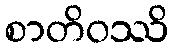
စာတိဝဿိ